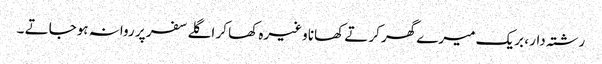
رشتہ دار ، بریک میرے گھر کرتے کھانا وغیرہ کھا کر اگلے سفر پر روانہ ہوجاتے ۔